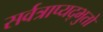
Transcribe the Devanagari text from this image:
सर्वत्राप्यद्भुतो